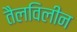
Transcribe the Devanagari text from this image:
तैलविलीन